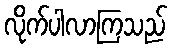
လိုက်ပါလာကြသည်